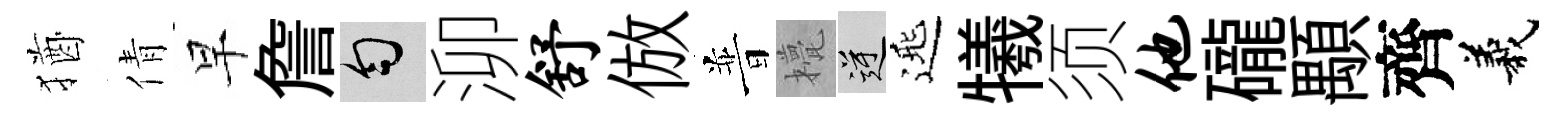
猶倩早詹匀泖舒倣普甍逆𨓱犧须他礲顒齊義